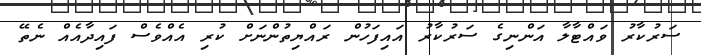
ސަރުކާރު ވައްޓާލާ އަންނިގެ ސަރުކާރު އައިފަހުން ރައްޔިތުންނަށް ކުރި އެއްވެސް ފައިދާއެއް ނެތޭ